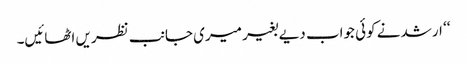
‘‘ ارشد نے کوئی جواب دیے بغیر میری جانب نظریں اٹھائیں۔